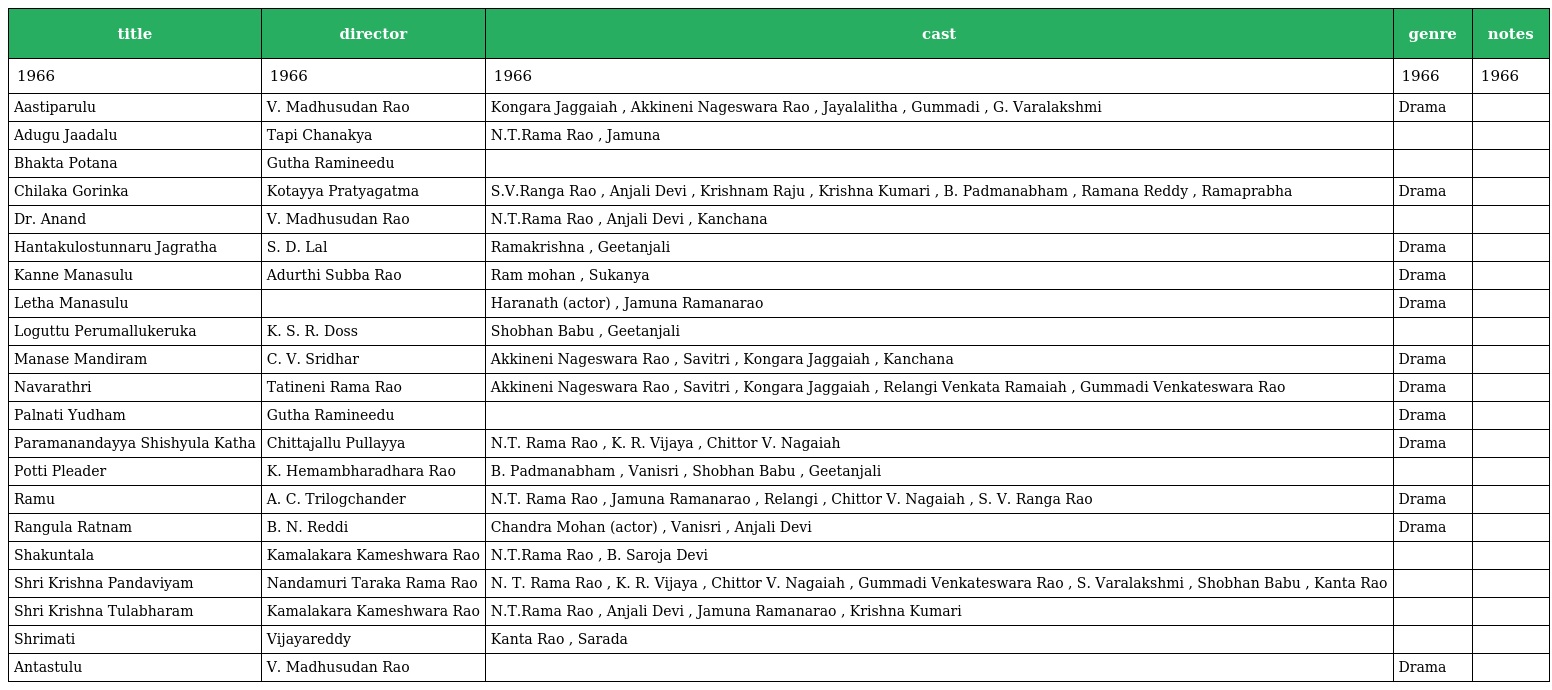
| title | director | cast | genre | notes |
 | --- | --- | --- | --- | --- |
 | 1966 | 1966 | 1966 | 1966 | 1966 |
 | Aastiparulu | V. Madhusudan Rao | Kongara Jaggaiah , Akkineni Nageswara Rao , Jayalalitha , Gummadi , G. Varalakshmi | Drama |  |
 | Adugu Jaadalu | Tapi Chanakya | N.T.Rama Rao , Jamuna |  |  |
 | Bhakta Potana | Gutha Ramineedu |  |  |  |
 | Chilaka Gorinka | Kotayya Pratyagatma | S.V.Ranga Rao , Anjali Devi , Krishnam Raju , Krishna Kumari , B. Padmanabham , Ramana Reddy , Ramaprabha | Drama |  |
 | Dr. Anand | V. Madhusudan Rao | N.T.Rama Rao , Anjali Devi , Kanchana |  |  |
 | Hantakulostunnaru Jagratha | S. D. Lal | Ramakrishna , Geetanjali | Drama |  |
 | Kanne Manasulu | Adurthi Subba Rao | Ram mohan , Sukanya | Drama |  |
 | Letha Manasulu |  | Haranath (actor) , Jamuna Ramanarao | Drama |  |
 | Loguttu Perumallukeruka | K. S. R. Doss | Shobhan Babu , Geetanjali |  |  |
 | Manase Mandiram | C. V. Sridhar | Akkineni Nageswara Rao , Savitri , Kongara Jaggaiah , Kanchana | Drama |  |
 | Navarathri | Tatineni Rama Rao | Akkineni Nageswara Rao , Savitri , Kongara Jaggaiah , Relangi Venkata Ramaiah , Gummadi Venkateswara Rao | Drama |  |
 | Palnati Yudham | Gutha Ramineedu |  | Drama |  |
 | Paramanandayya Shishyula Katha | Chittajallu Pullayya | N.T. Rama Rao , K. R. Vijaya , Chittor V. Nagaiah | Drama |  |
 | Potti Pleader | K. Hemambharadhara Rao | B. Padmanabham , Vanisri , Shobhan Babu , Geetanjali |  |  |
 | Ramu | A. C. Trilogchander | N.T. Rama Rao , Jamuna Ramanarao , Relangi , Chittor V. Nagaiah , S. V. Ranga Rao | Drama |  |
 | Rangula Ratnam | B. N. Reddi | Chandra Mohan (actor) , Vanisri , Anjali Devi | Drama |  |
 | Shakuntala | Kamalakara Kameshwara Rao | N.T.Rama Rao , B. Saroja Devi |  |  |
 | Shri Krishna Pandaviyam | Nandamuri Taraka Rama Rao | N. T. Rama Rao , K. R. Vijaya , Chittor V. Nagaiah , Gummadi Venkateswara Rao , S. Varalakshmi , Shobhan Babu , Kanta Rao |  |  |
 | Shri Krishna Tulabharam | Kamalakara Kameshwara Rao | N.T.Rama Rao , Anjali Devi , Jamuna Ramanarao , Krishna Kumari |  |  |
 | Shrimati | Vijayareddy | Kanta Rao , Sarada |  |  |
 | Antastulu | V. Madhusudan Rao |  | Drama |  |